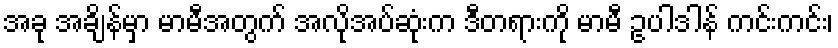
အခု အချိန်မှာ မာမီအတွက် အလိုအပ်ဆုံးက ဒီတရားကို မာမီ ဥပါဒါန် ကင်းကင်း၊